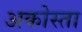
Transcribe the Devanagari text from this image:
अकोस्ता